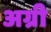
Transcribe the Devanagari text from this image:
अग्री